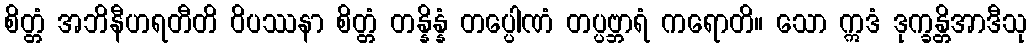
စိတ္တံ အဘိနီဟရတီတိ ဝိပဿနာ စိတ္တံ တန္နိန္နံ တပ္ပေါဏံ တပ္ပဗ္ဘာရံ ကရောတိ။ သော ဣဒံ ဒုက္ခန္တိအာဒီသု